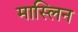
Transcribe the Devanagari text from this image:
मास्लिन